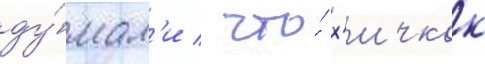
ду́мал'и / что́ х'ичкок